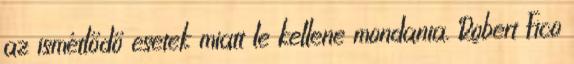
az ismétlődő esetek miatt le kellene mondania. Robert Fico